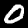
Label: 0